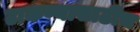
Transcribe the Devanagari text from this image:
टाकण्यासाठीच